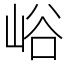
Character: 峪